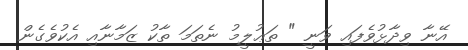
އޭނާ ވިދާޅުވެފައި ވަނީ " ތަޢުލީމު ނެތަމަ ތާކު ޒަމާނާއި އެކުވެގެން